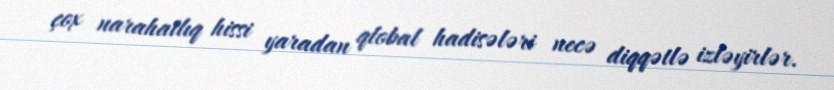
çox narahatlıq hissi yaradan qlobal hadisələri necə diqqətlə izləyirlər.